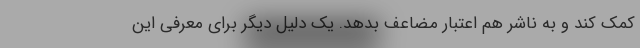
کمک کند و به ناشر هم اعتبار مضاعف بدهد. یک دلیل دیگر برای معرفی این